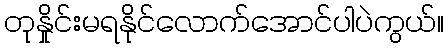
တုနှိုင်းမရနိုင်လောက်အောင်ပါပဲကွယ်။